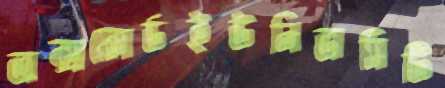
অক্সফোর্ডইউনিভার্সিটি